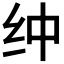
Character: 𰫿